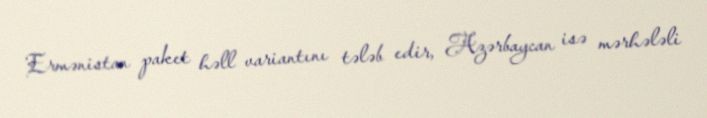
Ermənistan paket həll variantını tələb edir, Azərbaycan isə mərhələli